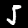
Label: 5